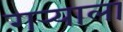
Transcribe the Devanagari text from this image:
गर्‍याला